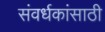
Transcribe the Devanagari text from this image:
संवर्धकांसाठी